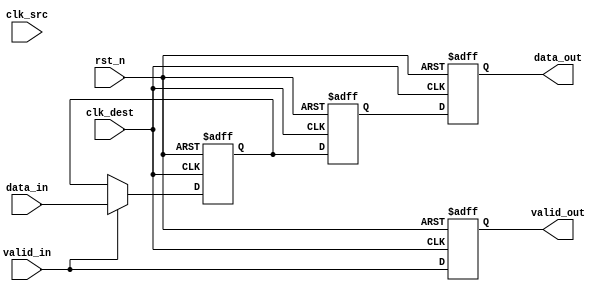
module memory_blocks_pipeline_synchronizer #(
    parameter DATA_WIDTH = 8  // Parameter for data width
)(
    input  wire                clk_src,     // Source clock
    input  wire                clk_dest,    // Destination clock
    input  wire                rst_n,       // Active low asynchronous reset
    input  wire [DATA_WIDTH-1:0] data_in,   // Input data to be synchronized
    input  wire                valid_in,     // Input valid signal
    output reg [DATA_WIDTH-1:0] data_out,   // Synchronized output data
    output reg                valid_out      // Output valid signal
);

    // Internal signals for pipeline stages
    reg [DATA_WIDTH-1:0] stage_1;
    reg [DATA_WIDTH-1:0] stage_2;
    
    // Synchronization process
    always @(posedge clk_dest or negedge rst_n) begin
        if (!rst_n) begin
            stage_1 <= 0;
            stage_2 <= 0;
            data_out <= 0;
            valid_out <= 0;
        end else begin
            // Stage 1: Sample the input data on the destination clock domain
            if (valid_in) begin
                stage_1 <= data_in;
            end
            
            // Stage 2: Transfer the data to the next stage
            stage_2 <= stage_1;

            // Output the synchronized data and valid signal
            data_out <= stage_2;
            valid_out <= valid_in; // Assuming valid_out is asserted when valid_in is asserted
        end
    end

endmodule